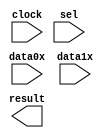
// megafunction wizard: %LPM_MUX%VBB%
// GENERATION: STANDARD
// VERSION: WM1.0
// MODULE: LPM_MUX 

// ============================================================
// Megafunction Name(s):
// 			LPM_MUX
//
// Simulation Library Files(s):
// 			lpm
// ============================================================
// ************************************************************
// THIS IS A WIZARD-GENERATED FILE. DO NOT EDIT THIS FILE!
//
// 17.1.0 Build 590 10/25/2017 SJ Lite Edition
// ************************************************************

//Copyright (C) 2017  Intel Corporation. All rights reserved.
//Your use of Intel Corporation's design tools, logic functions 
//and other software and tools, and its AMPP partner logic 
//functions, and any output files from any of the foregoing 
//(including device programming or simulation files), and any 
//associated documentation or information are expressly subject 
//to the terms and conditions of the Intel Program License 
//Subscription Agreement, the Intel Quartus Prime License Agreement,
//the Intel FPGA IP License Agreement, or other applicable license
//agreement, including, without limitation, that your use is for
//the sole purpose of programming logic devices manufactured by
//Intel and sold by Intel or its authorized distributors.  Please
//refer to the applicable agreement for further details.

module muxii (
	clock,
	data0x,
	data1x,
	sel,
	result);

	input	  clock;
	input	[7:0]  data0x;
	input	[7:0]  data1x;
	input	  sel;
	output	[7:0]  result;

endmodule

// ============================================================
// CNX file retrieval info
// ============================================================
// Retrieval info: PRIVATE: INTENDED_DEVICE_FAMILY STRING "MAX 10"
// Retrieval info: PRIVATE: SYNTH_WRAPPER_GEN_POSTFIX STRING "0"
// Retrieval info: PRIVATE: new_diagram STRING "1"
// Retrieval info: LIBRARY: lpm lpm.lpm_components.all
// Retrieval info: CONSTANT: LPM_PIPELINE NUMERIC "1"
// Retrieval info: CONSTANT: LPM_SIZE NUMERIC "2"
// Retrieval info: CONSTANT: LPM_TYPE STRING "LPM_MUX"
// Retrieval info: CONSTANT: LPM_WIDTH NUMERIC "8"
// Retrieval info: CONSTANT: LPM_WIDTHS NUMERIC "1"
// Retrieval info: USED_PORT: clock 0 0 0 0 INPUT NODEFVAL "clock"
// Retrieval info: USED_PORT: data0x 0 0 8 0 INPUT NODEFVAL "data0x[7..0]"
// Retrieval info: USED_PORT: data1x 0 0 8 0 INPUT NODEFVAL "data1x[7..0]"
// Retrieval info: USED_PORT: result 0 0 8 0 OUTPUT NODEFVAL "result[7..0]"
// Retrieval info: USED_PORT: sel 0 0 0 0 INPUT NODEFVAL "sel"
// Retrieval info: CONNECT: @clock 0 0 0 0 clock 0 0 0 0
// Retrieval info: CONNECT: @data 0 0 8 0 data0x 0 0 8 0
// Retrieval info: CONNECT: @data 0 0 8 8 data1x 0 0 8 0
// Retrieval info: CONNECT: @sel 0 0 1 0 sel 0 0 0 0
// Retrieval info: CONNECT: result 0 0 8 0 @result 0 0 8 0
// Retrieval info: GEN_FILE: TYPE_NORMAL muxii.v TRUE
// Retrieval info: GEN_FILE: TYPE_NORMAL muxii.inc FALSE
// Retrieval info: GEN_FILE: TYPE_NORMAL muxii.cmp FALSE
// Retrieval info: GEN_FILE: TYPE_NORMAL muxii.bsf TRUE
// Retrieval info: GEN_FILE: TYPE_NORMAL muxii_inst.v FALSE
// Retrieval info: GEN_FILE: TYPE_NORMAL muxii_bb.v TRUE
// Retrieval info: LIB_FILE: lpm